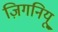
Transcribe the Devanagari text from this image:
ज़िगनियू